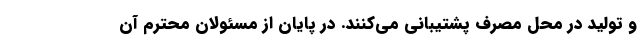
و تولید در محل مصرف پشتیبانی می‌کنند. در پایان از مسئولان محترم آن